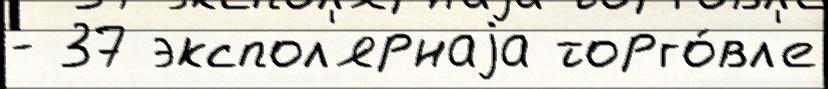
- 37 экспол'ярнаjа торго́вл'е